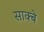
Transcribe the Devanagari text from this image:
साक्बे